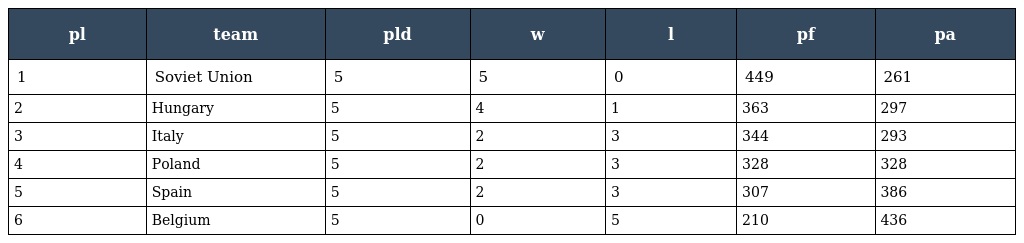
| pl | team | pld | w | l | pf | pa |
 | --- | --- | --- | --- | --- | --- | --- |
 | 1 | Soviet Union | 5 | 5 | 0 | 449 | 261 |
 | 2 | Hungary | 5 | 4 | 1 | 363 | 297 |
 | 3 | Italy | 5 | 2 | 3 | 344 | 293 |
 | 4 | Poland | 5 | 2 | 3 | 328 | 328 |
 | 5 | Spain | 5 | 2 | 3 | 307 | 386 |
 | 6 | Belgium | 5 | 0 | 5 | 210 | 436 |